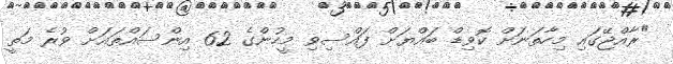
"ރާއްޖޭގައި މިހާތަނަށް ކޮވިޑް ބައްޔަށް ފައްސިވި މީހުންގެ 62 އިންސައްތައަށް ވުރެ މަތީ